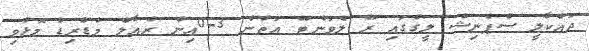
ދައްކާލީ ސްޕެނިޝް ލީގުގައި ރޭ ލެވަންޓޭ އަތުން 3-0އިން ރެއާލް މެޑްރިޑް މޮޅުވި